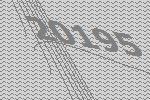
20195